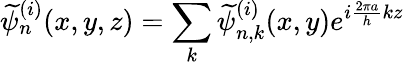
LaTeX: \displaystyle\widetilde{\psi}_{n}^{(i)}(x,y,z)=\sum_{k}\widetilde{\psi}_{n,k}^{(i)}(x,y)e^{i\frac{2\pi a}{h}kz}